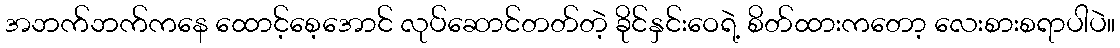
အဘက်ဘက်ကနေ ထောင့်စေ့အောင် လုပ်ဆောင်တတ်တဲ့ ခိုင်နှင်းဝေရဲ့ စိတ်ထားကတော့ လေးစားစရာပါပဲ။